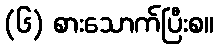
(၆) စားသောက်ပြီးစ။